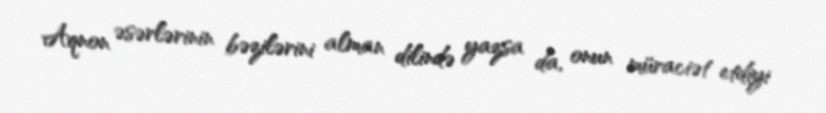
Aqnon əsərlərinin bəzilərini alman dilində yazsa da, onun müraciət etdiyi